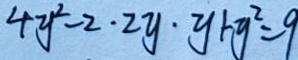
4 y ^ { 2 } - 2 \cdot 2 y \cdot y + y ^ { 2 } = 9